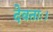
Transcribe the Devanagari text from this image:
देवताः।